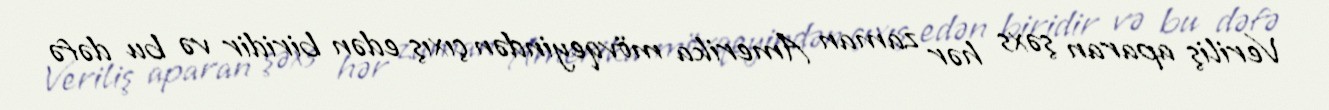
Veriliş aparan şəxs hər zaman Amerika mövqeyindən çıxış edən biridir və bu dəfə